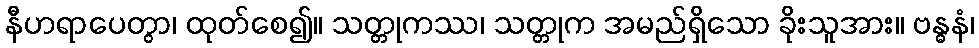
နီဟရာပေတွာ၊ ထုတ်စေ၍။ သတ္တုကဿ၊ သတ္တုက အမည်ရှိသော ခိုးသူအား။ ဗန္ဓနံ၊